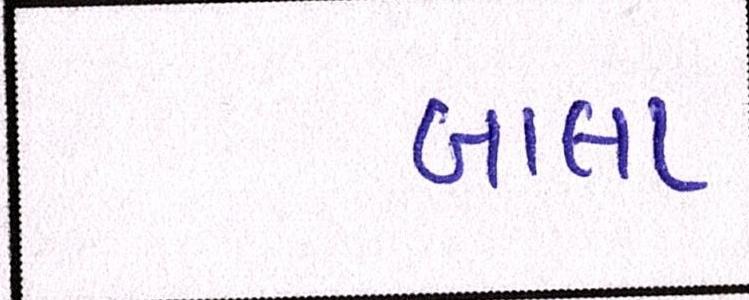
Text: બાલા